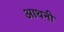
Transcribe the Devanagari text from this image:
आथनी